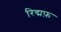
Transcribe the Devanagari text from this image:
रिद्मफ़